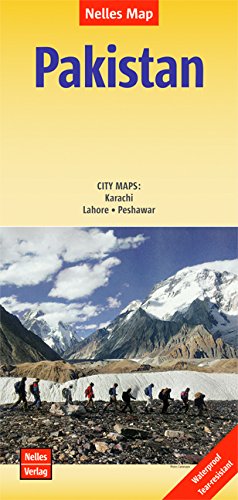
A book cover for Pakistan, 2015 Map (English, French and German Edition); Nelles; Travel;